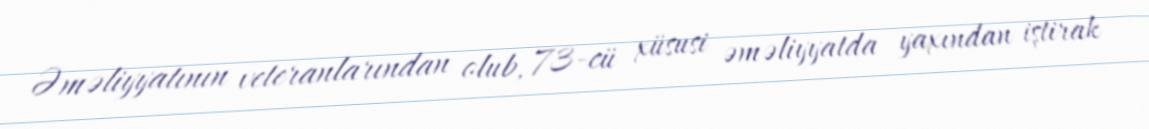
Əməliyyatının veteranlarından olub, 73-cü xüsusi əməliyyatda yaxından iştirak